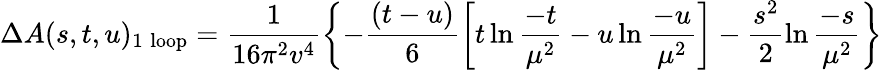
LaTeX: \Delta A(s,t,u)_{\mathrm{1\; loop}}=\frac{1}{16\pi^{2}v^{4}}\left\{ -\frac{(t-u)}{6}\left[t\ln\frac{-t}{\mu^{2}}-u\ln\frac{-u}{\mu^{2}}\right]-\frac{s^{2}}{2}\ln\frac{-s}{\mu^{2}}\right\}